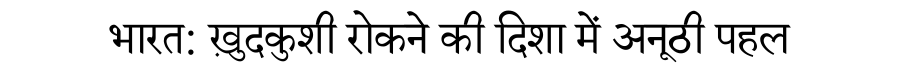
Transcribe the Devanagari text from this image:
भारत: ख़ुदकुशी रोकने की दिशा में अनूठी पहल